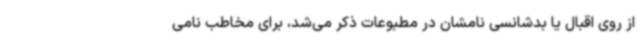
از روی اقبال یا بدشانسی نامشان در مطبوعات ذکر می‌شد، برای مخاطب نامی